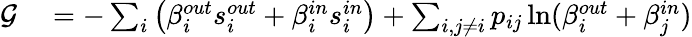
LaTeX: \begin{array}{rl}{\mathcal{G}}&{{}=-\sum_{i}\left(\beta_{i}^{out}s_{i}^{out}+\beta_{i}^{in}s_{i}^{in}\right)+\sum_{i,j\neq i}p_{ij}\ln(\beta_{i}^{out}+\beta_{j}^{in})}\end{array}